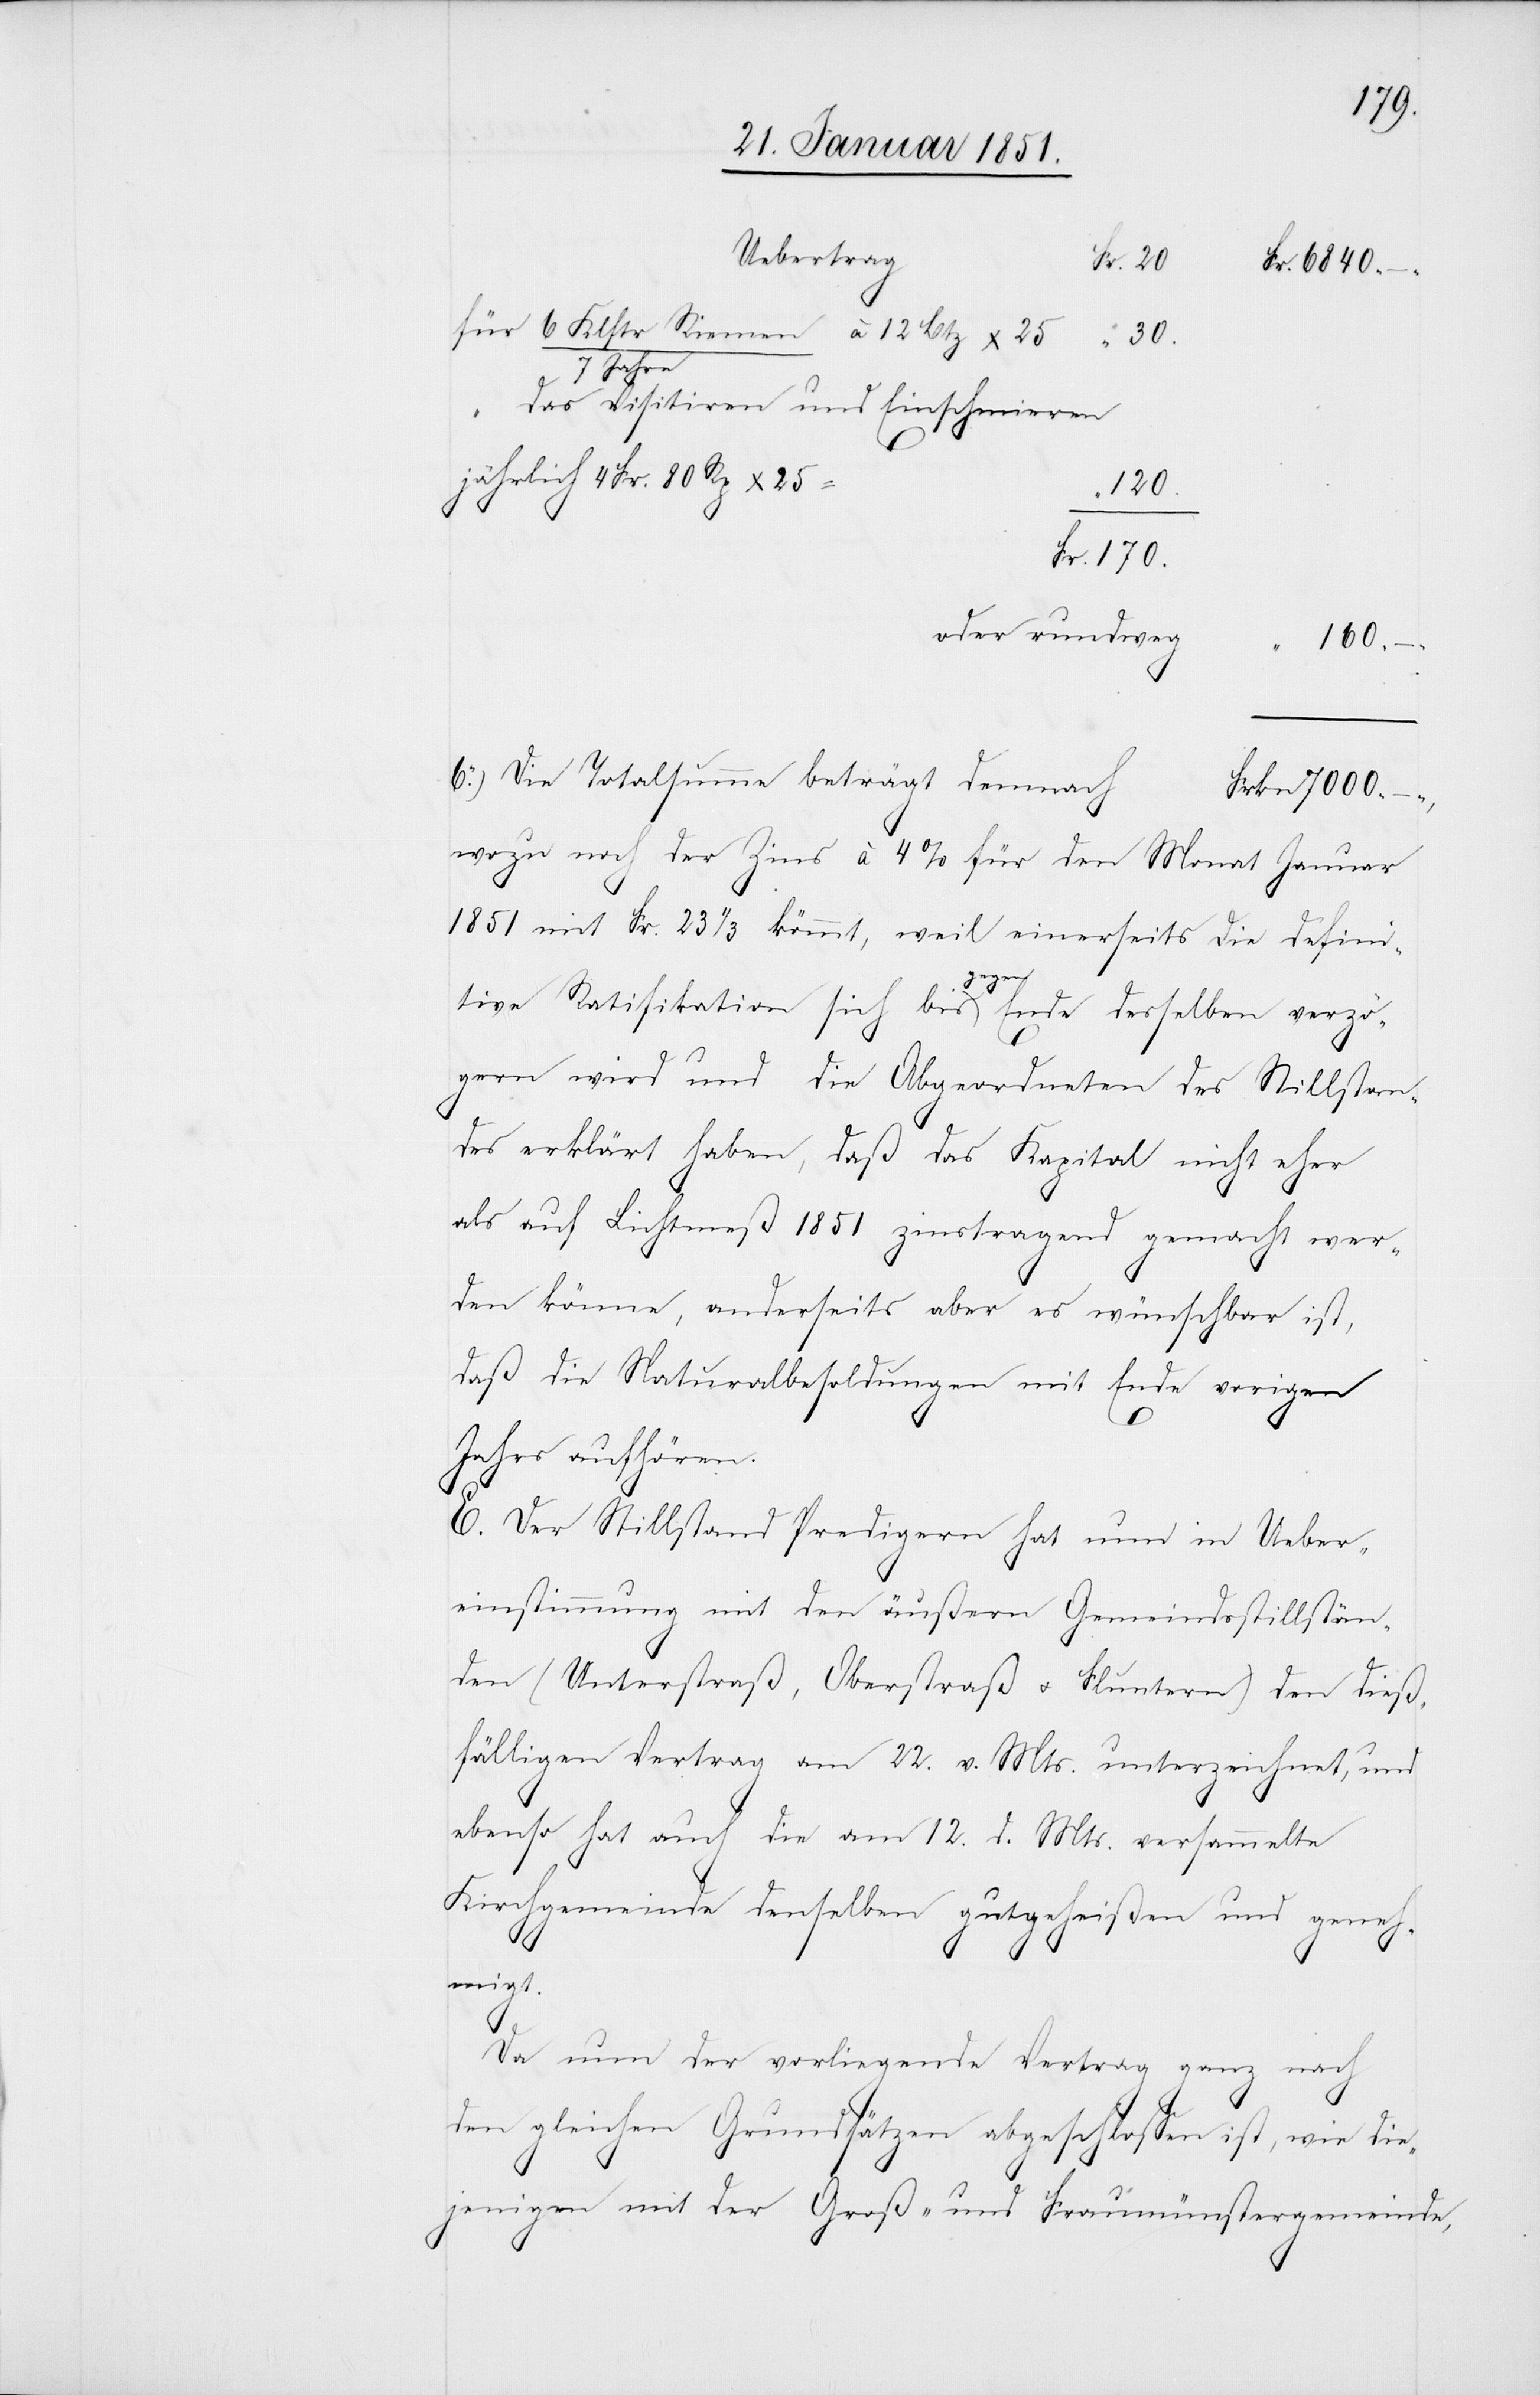
Uebertrag
Fr. 80
für 6 Klftr. Riemen / 7 Jahre à 12
30.
das Visitiren und Einschmieren
Frkn
170.
6840
oder rundweg
160 –
Die Totalsumme beträgt demnach
wozu noch der Zins à 4% für den Monat Januar
1851 mit Fr. 23 1/3 kömmt, weil einerseits die defini¬
tive Ratifikation sich bis gegen Ende desselben verzö¬
gern wird und die Abgeordneten des Stillstan¬
des erklärt haben, daß das Kapital nicht eher
als auf Lichtmeß 1851 zinstragend gemacht wer¬
den könne, anderseits aber es wünschbar ist,
daß die Naturalbesoldungen mit Ende vorigen
Jahrs aufhören.
E. Der Stillstand Predigern hat nun in Ueber¬
einstimmung mit den äußern Gemeindsstillstän¬
25
den (Unterstraß, Oberstraß u. Fluntern) den dieß¬
fälligen Vertrag am 22. v. Mts. unterzeichnet, und
ebenso hat auch die am 12. d. Mts. versammelte
Kirchgemeinde denselben gutgeheißen und geneh¬
migt.
Da nun der vorliegende Vertrag ganz nach
den gleichen Grundsätzen abgeschlossen ist, wie die¬
6.)
jenigen mit der Groß- und Fraumünstergemeinde,